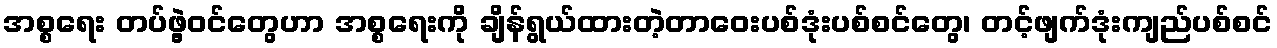
အစ္စရေး တပ်ဖွဲ့ဝင်တွေဟာ အစ္စရေးကို ချိန်ရွယ်ထားတဲ့တာဝေးပစ်ဒုံးပစ်စင်တွေ၊ တင့်ဖျက်ဒုံးကျည်ပစ်စင်